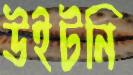
উইটনি